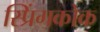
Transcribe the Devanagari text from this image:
स्प्रिंगकोक